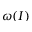
\omega ( I )